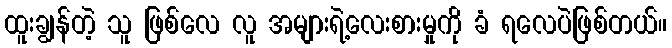
ထူးချွန်တဲ့ သူ ဖြစ်လေ လူ အများရဲ့လေးစားမှုကို ခံ ရလေပဲဖြစ်တယ်။